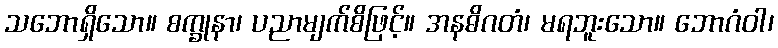
သဘောရှိသော။ စက္ခုနာ၊ ပညာမျက်စိဖြင့်။ အနဓိဂတံ၊ မရဘူးသော။ ဘောဂံဝါ၊